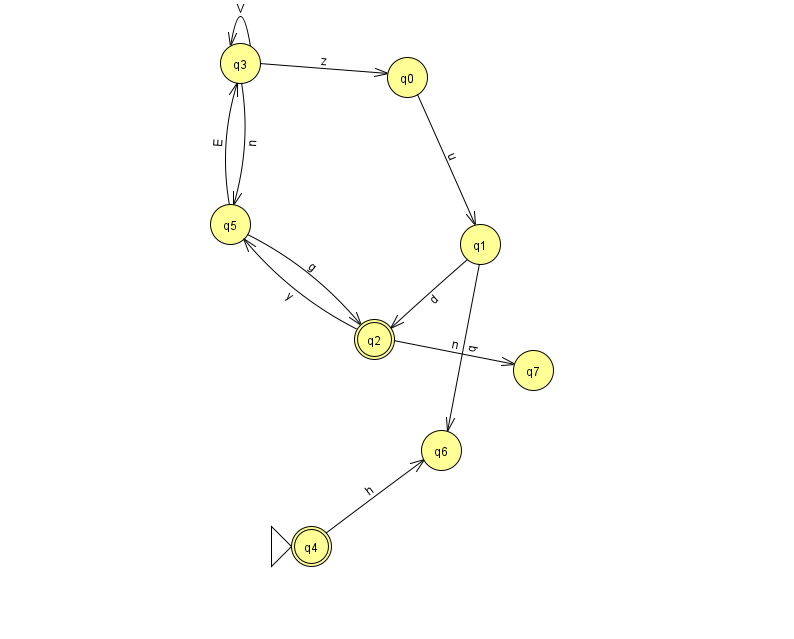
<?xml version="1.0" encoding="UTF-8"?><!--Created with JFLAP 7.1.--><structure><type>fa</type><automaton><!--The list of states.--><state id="0" name="q0"><x>407.0</x><y>64.0</y></state><state id="1" name="q1"><x>480.0</x><y>231.0</y></state><state id="2" name="q2"><x>374.0</x><y>326.0</y><final/></state><state id="3" name="q3"><x>240.0</x><y>50.0</y></state><state id="4" name="q4"><x>311.0</x><y>533.0</y><initial/><final/></state><state id="5" name="q5"><x>230.0</x><y>211.0</y></state><state id="6" name="q6"><x>441.0</x><y>437.0</y></state><state id="7" name="q7"><x>533.0</x><y>357.0</y></state><!--The list of transitions.--><transition><from>0</from><to>1</to><read>u</read></transition><transition><from>4</from><to>6</to><read>h</read></transition><transition><from>5</from><to>2</to><read>g</read></transition><transition><from>5</from><to>3</to><read>E</read></transition><transition><from>1</from><to>6</to><read>q</read></transition><transition><from>3</from><to>3</to><read>V</read></transition><transition><from>3</from><to>0</to><read>z</read></transition><transition><from>3</from><to>5</to><read>n</read></transition><transition><from>2</from><to>5</to><read>y</read></transition><transition><from>1</from><to>2</to><read>d</read></transition><transition><from>2</from><to>7</to><read>n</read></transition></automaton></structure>